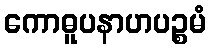
ကောဓူပနာဟပဉ္စမံ